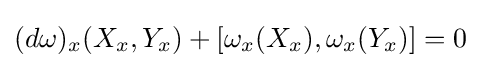
(d\omega )_{x}(X_{x},Y_{x})+[\omega _{x}(X_{x}),\omega _{x}(Y_{x})]=0